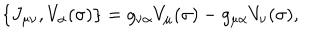
\{ J _ { \mu \nu } , V _ { \alpha } ( \sigma ) \} = g _ { \nu \alpha } V _ { \mu } ( \sigma ) - g _ { \mu \alpha } V _ { \nu } ( \sigma ) ,